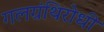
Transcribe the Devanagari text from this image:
गलग्रंथिरोधी